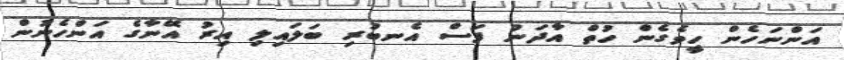
އަންނަހެން ހީވެގެން ހުތް އާދަނު ފަސް އެނބުރި ބަލައިލި އިރު އޭނާގެ އަންހެނުން